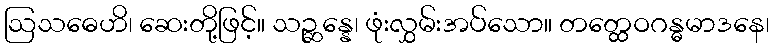
ဩသဓေဟိ၊ ဆေးတို့ဖြင့်။ သဉ္ဆန္နေ၊ ဖုံးလွှမ်းအပ်သော။ တတ္ထေဝဂန္ဓမာဒနေ၊